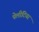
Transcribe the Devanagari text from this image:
पेलीटियर